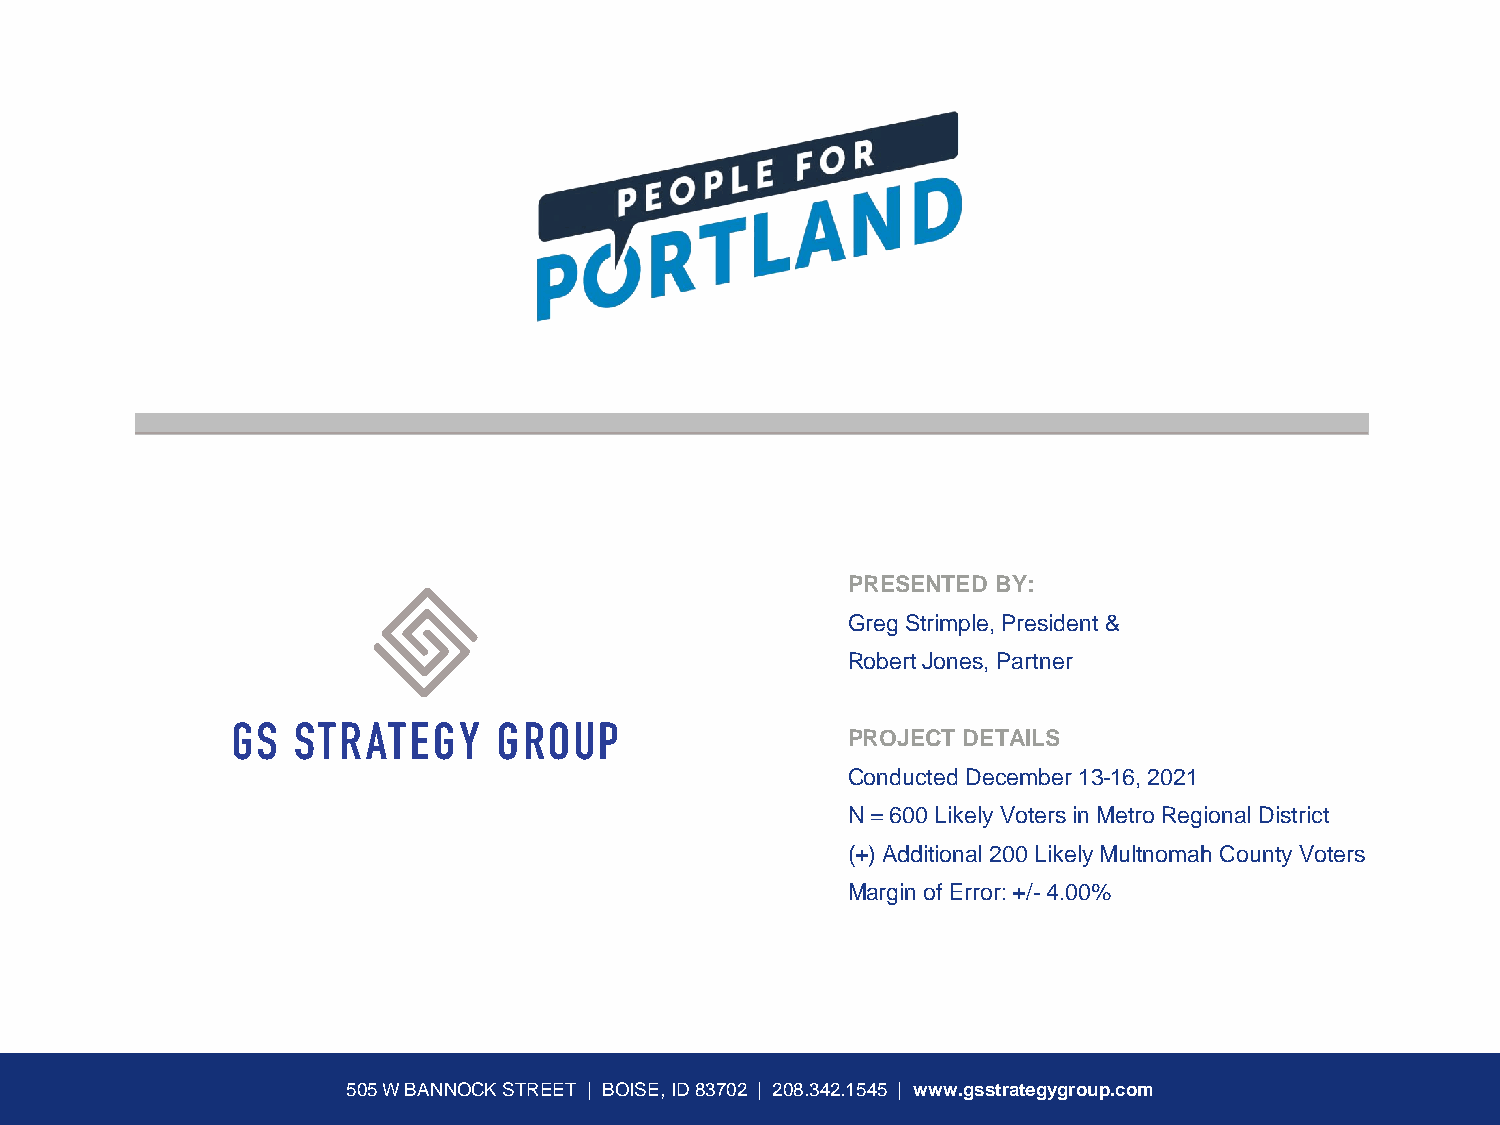
PRESENTED BY:
 Greg Strimple, President &
 Robert Jones, Partner
 PROJECT DETAILS
 Conducted December 13-16, 2021
 N = 600 Likely Voters in Metro Regional District
 (+) Additional 200 Likely Multnomah County Voters
 Margin of Error: +/-4.00%
 505 W BANNOCK STREET | BOISE, ID 83702 | 208.342.1545 | www.gsstrategygroup.com